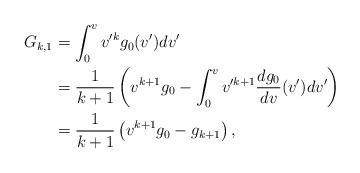
LaTeX: \begin{align*} G_{k,1}&=\int_0^vv'^kg_0(v')dv'\\&=\frac{1}{k+1}\left(v^{k+1}g_0-\int_0^vv'^{k+1}\frac{dg_0}{dv}(v')dv'\right)\\&=\frac{1}{k+1}\left(v^{k+1}g_0-g_{k+1}\right),\end{align*}